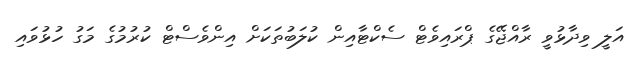
އަލީ ވިދާޅުވީ ރާއްޖޭގެ ޕްރައިވެޓް ސެކްޓާއިން ކުލަބުތަކަށް އިންވެސްޓް ކުރުމުގެ މަގު ހުޅުވައި